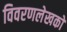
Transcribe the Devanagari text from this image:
विवरणलेखकों